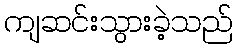
ကျဆင်းသွားခဲ့သည်